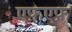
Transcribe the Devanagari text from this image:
एफ़एफ़